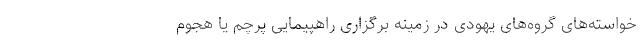
خواسته‌های گروه‌های یهودی در زمینه برگزاری راهپیمایی پرچم یا هجوم